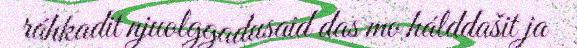
ráhkadit njuolggadusaid das mo hálddašit ja